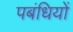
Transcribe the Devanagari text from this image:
पबंधियों